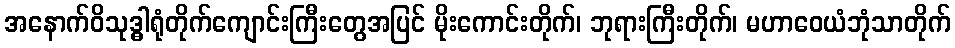
အနောက်ဝိသုဒ္ဓါရုံတိုက်ကျောင်းကြီးတွေအပြင် မိုးကောင်းတိုက်၊ ဘုရားကြီးတိုက်၊ မဟာဝေယံဘုံသာတိုက်